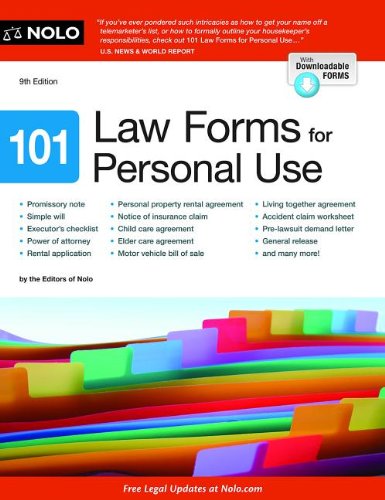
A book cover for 101 Law Forms for Personal Use; Nolo Editors; Law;